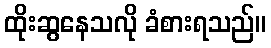
ထိုးဆွနေသလို ခံစားရသည်။